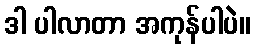
ဒါ ပါလာတာ အကုန်ပါပဲ။